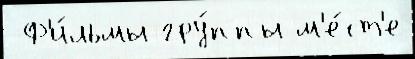
 Ф'и́льмы гру́ппы м'е́ст'е